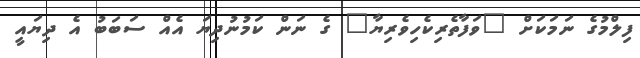
ފިލްމުގެ ނަމަކަށް "ވަފާތެރިކެހިވެރިޔާ" ގެ ނަން ކަމުނުދިޔަ އެއް ސަބަބު އެ ދިޔައީ